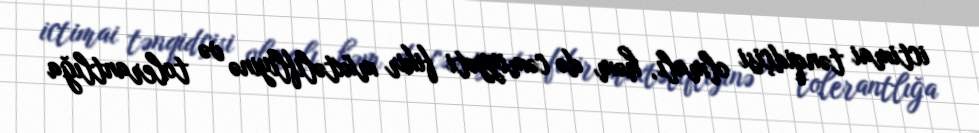
ictimai tənqidçisi olmalı, həm də cəmiyyəti fikir müxtəlifliyinə və tolerantlığa